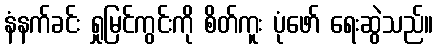
နံနက်ခင်း ရှုမြင်ကွင်းကို စိတ်ကူး ပုံဖော် ရေးဆွဲသည်။